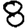
Digit: 8